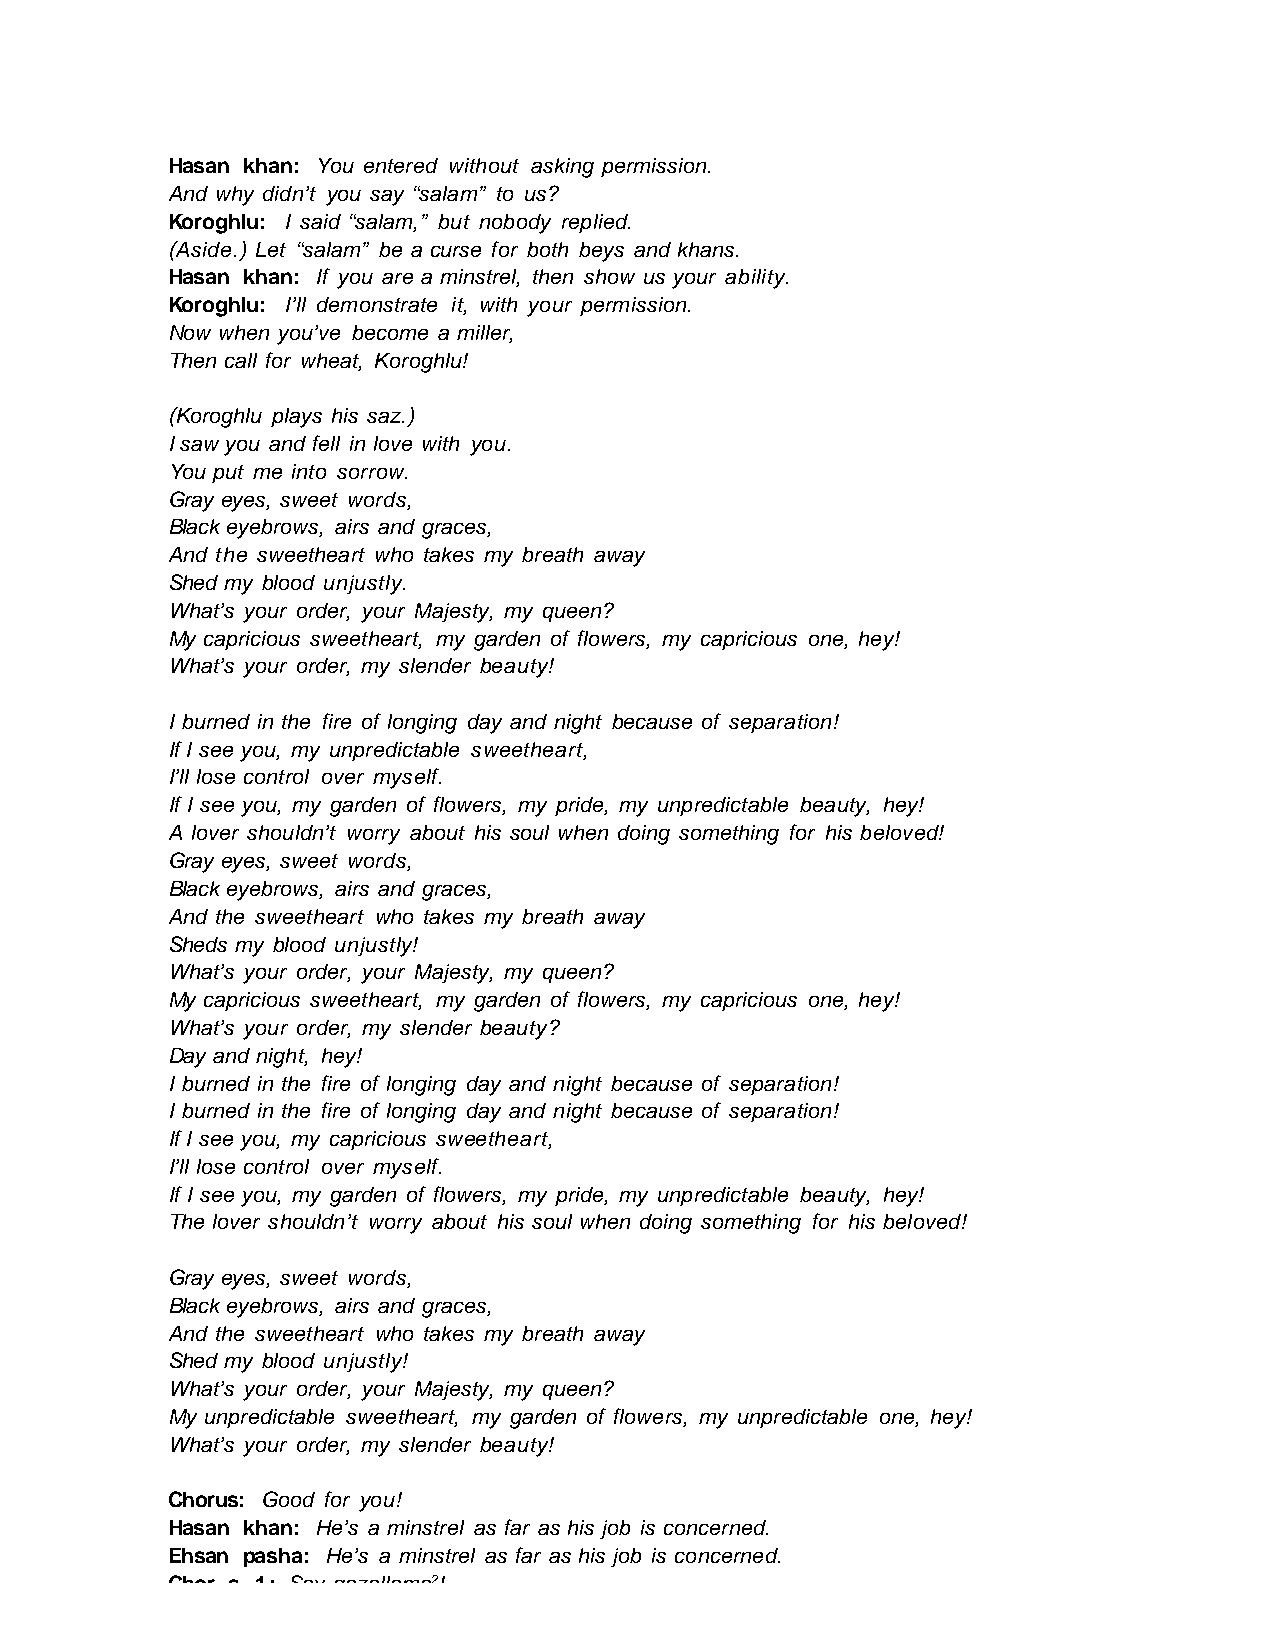
Hasan khan: You entered without asking permission.
 And why didn’t you say “salam” to us?
 Koroghlu: I said “salam,” but nobody replied.
 (Aside.) Let “salam” be a curse for both beys and khans.
 Hasan khan: If you are a minstrel, then show us your ability.
 Koroghlu: I’ll demonstrate it, with your permission.
 Now when you’ve become a miller,
 Then call for wheat, Koroghlu!
 (Koroghlu plays his saz.)
 I saw you and fell in love with you.
 You put me into sorrow.
 Gray eyes, sweet words,
 Black eyebrows, airs and graces,
 And the sweetheart who takes my breath away
 Shed my blood unjustly.
 What’s your order, your Majesty, my queen?
 My capricious sweetheart, my garden of flowers, my capricious one, hey!
 What’s your order, my slender beauty!
 I burned in the fire of longing day and night because of separation!
 If I see you, my unpredictable sweetheart,
 I’ll lose control over myself.
 If I see you, my garden of flowers, my pride, my unpredictable beauty, hey!
 A lover shouldn’t worry about his soul when doing something for his beloved!
 Gray eyes, sweet words,
 Black eyebrows, airs and graces,
 And the sweetheart who takes my breath away
 Sheds my blood unjustly!
 What’s your order, your Majesty, my queen?
 My capricious sweetheart, my garden of flowers, my capricious one, hey!
 What’s your order, my slender beauty?
 Day and night, hey!
 I burned in the fire of longing day and night because of separation!
 I burned in the fire of longing day and night because of separation!
 If I see you, my capricious sweetheart,
 I’ll lose control over myself.
 If I see you, my garden of flowers, my pride, my unpredictable beauty, hey!
 The lover shouldn’t worry about his soul when doing something for his beloved!
 Gray eyes, sweet words,
 Black eyebrows, airs and graces,
 And the sweetheart who takes my breath away
 Shed my blood unjustly!
 What’s your order, your Majesty, my queen?
 My unpredictable sweetheart, my garden of flowers, my unpredictable one, hey!
 What’s your order, my slender beauty!
 Chorus: Good for you!
 Hasan khan: He’s a minstrel as far as his job is concerned.
 Ehsan pasha: He’s a minstrel as far as his job is concerned.
 Chor s 1: Say gozallama2!